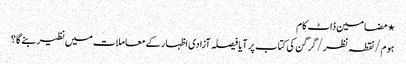
⋆ مضامین ڈاٹ کام
ہوم/نقطہ نظر/گرگن کی کتاب پر آیا فیصلہ آزادی اظہار کے معاملات میں نظیر بنے گا؟